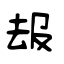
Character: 叝